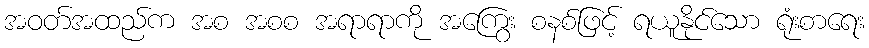
အဝတ်အထည်က အစ အစစ အရာရာကို အကြွေး စနစ်ဖြင့် ရယူနိုင်သော ရုံးစာရေး